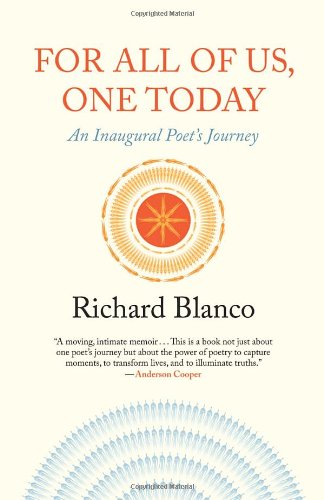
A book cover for For All of Us, One Today: An Inaugural Poet's Journey; Richard Blanco; Gay & Lesbian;